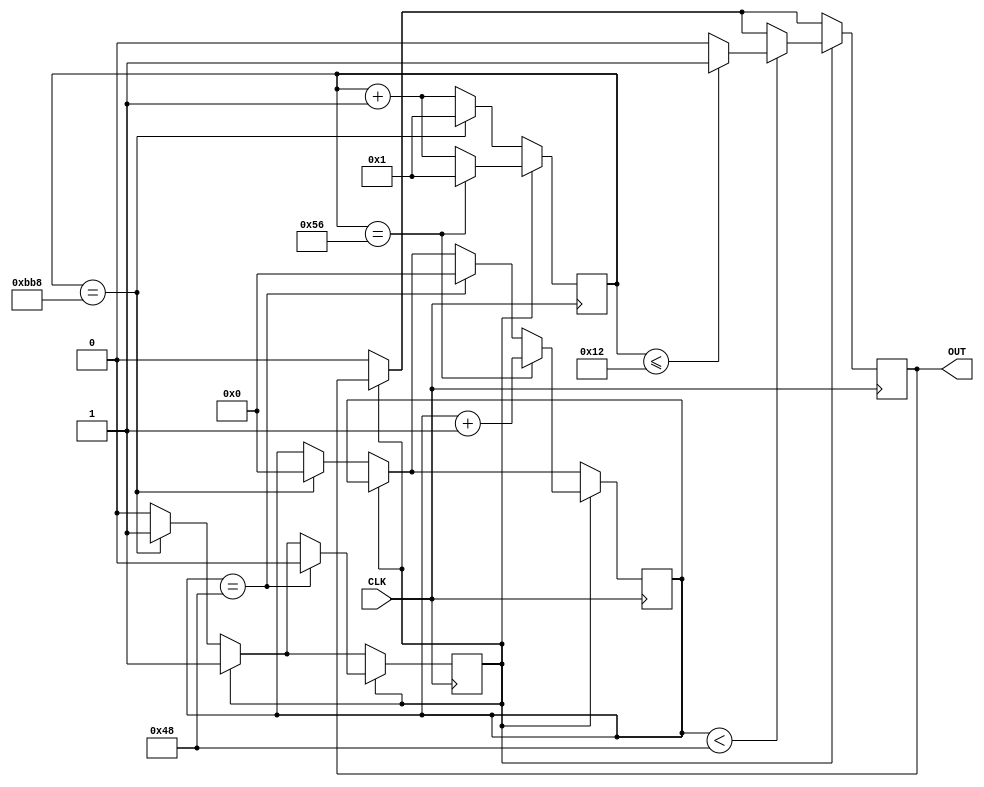
module RGB_PL9823_OFF( 
	input CLK,	
	output reg OUT
	);
	//
	reg [0:72] data;
	reg [7:0] i;
	reg [11:0] ctr;
	reg state;
	//
	initial
	begin
		OUT <= 0;
		//
		data <= 0;
		i <= 0;
		ctr <= 1;
		state <= 0;
	end
	//
	always @(posedge CLK) /* 50MHz => 20ns */
	begin
	if (state == 0) 
		begin
		ctr <= ctr + 1;
		OUT <= 0;
		//
		if (ctr == 3000) /* 3000 * 20ns = 60000ns */
			begin
			state <= 1;
			ctr <= 1;
			i <= 0;
			end
		end
	//
	if (state == 1) 
		begin
		if (i == 72) 
			begin
			state <= 0;
			ctr <= 1;
			i <= 0;
			end
		//
		ctr <= ctr + 1;
		if (ctr == 86) /* 86 * 20ns = 1720ns */
			begin
			ctr <= 1;
			i <= i + 1;
			end	
		//
		if (i < 72)
			begin
			if (ctr <= 18) /* 18 * 20ns = 360ns */
					OUT <= 1;
				else
					OUT <= 0;
			end
		end
	//
	end
endmodule